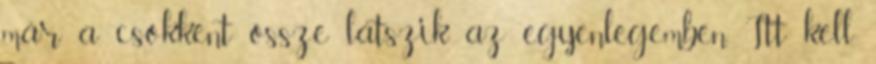
már a csökkent össze látszik az egyenlegemben. Itt kell